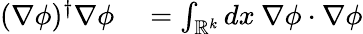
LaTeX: \begin{array}{rl}{(\nabla\phi)^{\dagger}\nabla\phi}&{{}=\int_{\mathbb{R}^{k}}dx\: \nabla\phi\cdot\nabla\phi}\end{array}